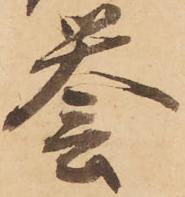
誉